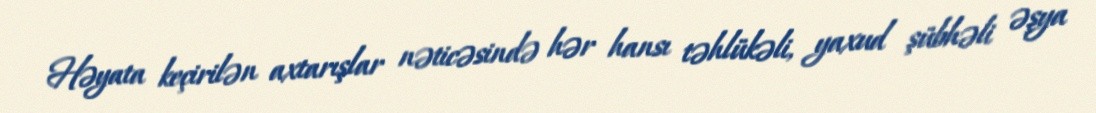
Həyata keçirilən axtarışlar nəticəsində hər hansı təhlükəli, yaxud şübhəli əşya